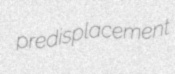
predisplacement